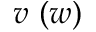
v ~ ( w )